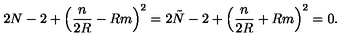
2 N - 2 + \left( \frac { n } { 2 R } - R m \right) ^ { 2 } = 2 \tilde { N } - 2 + \left( \frac { n } { 2 R } + R m \right) ^ { 2 } = 0 .